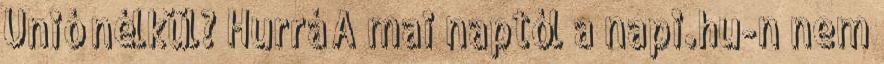
Unió nélkül? Hurrá A mai naptól a napi.hu-n nem